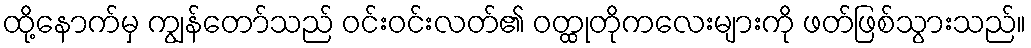
ထို့နောက်မှ ကျွန်တော်သည် ဝင်းဝင်းလတ်၏ ဝတ္ထုတိုကလေးများကို ဖတ်ဖြစ်သွားသည်။